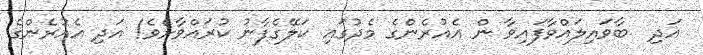
އަދި  ބާވައިލައްވާފައިވާ ން އެއުރެންގެ މެދުގައި ކަލޭގެފާނު ކުރައްވާށެވެ! އަދި އެއުރެންގެ